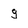
Character: g